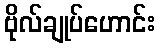
ဗိုလ်ချုပ်ဟောင်း